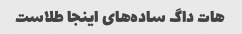
هات داگ ساده‌های اینجا طلاست